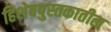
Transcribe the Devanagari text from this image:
हिशेबपुस्तकातील